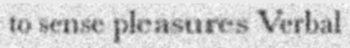
to sense pleasures Verbal